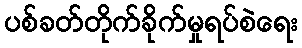
ပစ်ခတ်တိုက်ခိုက်မှုရပ်စဲရေး